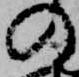
の